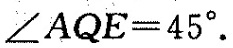
\angle AQE=45^{\circ}。